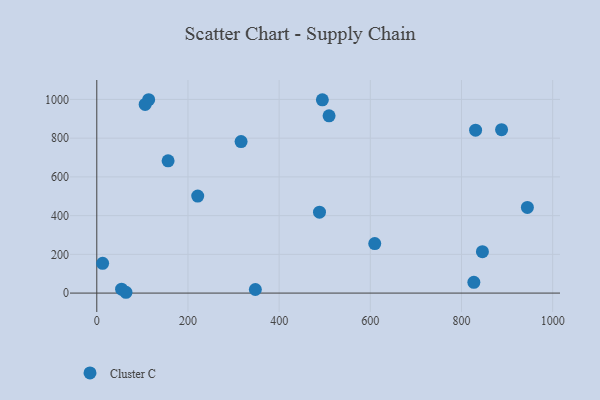
{"axis": {"x": "Investment", "y": "Exam Score"}, "legend": ["Cluster C"], "data": [{"x": "488.5", "y": 417.6, "type": "Cluster C"}, {"x": "347.8", "y": 18.5, "type": "Cluster C"}, {"x": "12.8", "y": 153.9, "type": "Cluster C"}, {"x": "609.7", "y": 255.6, "type": "Cluster C"}, {"x": "156.4", "y": 682.7, "type": "Cluster C"}, {"x": "827.1", "y": 55.6, "type": "Cluster C"}, {"x": "221.4", "y": 500.9, "type": "Cluster C"}, {"x": "944.5", "y": 442.2, "type": "Cluster C"}, {"x": "113.8", "y": 998.4, "type": "Cluster C"}, {"x": "316.5", "y": 782.4, "type": "Cluster C"}, {"x": "830.9", "y": 841.2, "type": "Cluster C"}, {"x": "54.4", "y": 20.0, "type": "Cluster C"}, {"x": "106.1", "y": 974.3, "type": "Cluster C"}, {"x": "887.9", "y": 843.7, "type": "Cluster C"}, {"x": "845.9", "y": 213.8, "type": "Cluster C"}, {"x": "64.0", "y": 4.2, "type": "Cluster C"}, {"x": "509.5", "y": 915.4, "type": "Cluster C"}, {"x": "494.8", "y": 997.7, "type": "Cluster C"}]}